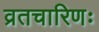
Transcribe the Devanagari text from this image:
व्रतचारिणः